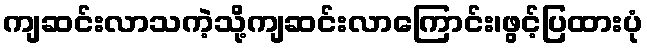
ကျဆင်းလာသကဲ့သို့ကျဆင်းလာကြောင်း၊ဖွင့်ပြထားပုံ